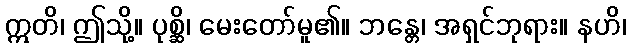
ဣတိ၊ ဤသို့။ ပုစ္ဆိ၊ မေးတော်မူ၏။ ဘန္တေ၊ အရှင်ဘုရား။ နဟိ၊